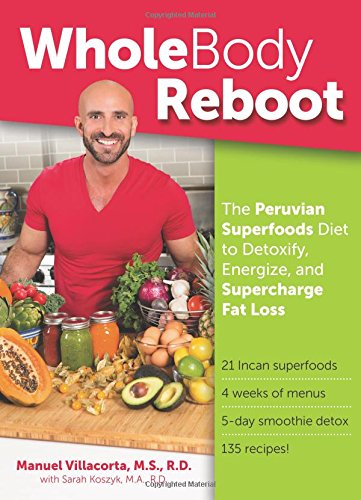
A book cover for Whole Body Reboot: The Peruvian Superfoods Diet to Detoxify, Energize, and Supercharge Fat Loss; Manuel Villacorta  MS  RD; Cookbooks, Food & Wine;